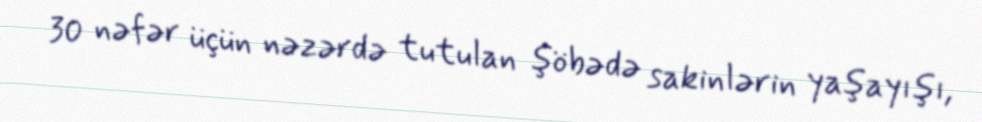
30 nəfər üçün nəzərdə tutulan şöbədə sakinlərin yaşayışı,